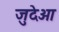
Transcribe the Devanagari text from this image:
जुदेओ